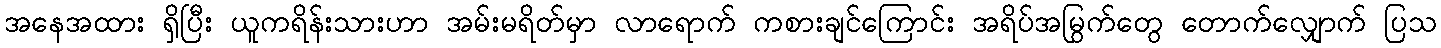
အနေအထား ရှိပြီး ယူကရိန်းသားဟာ အမ်းမရိတ်မှာ လာရောက် ကစားချင်ကြောင်း အရိပ်အမြွက်တွေ တောက်လျှောက် ပြသ